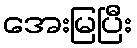
အေးမြပြီး